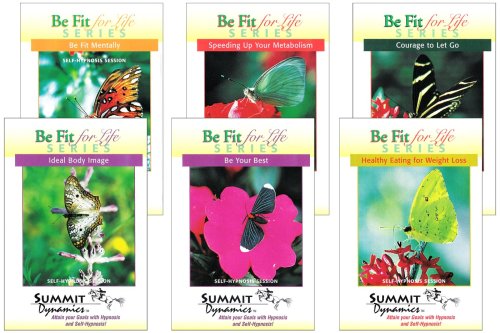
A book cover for Be Fit for Life Series; Laura King; Health, Fitness & Dieting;